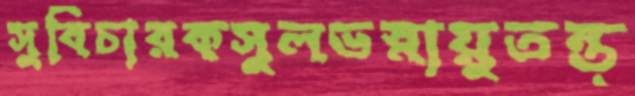
সুবিচারকসুলভস্নায়ুতন্ত্